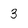
Character: 3